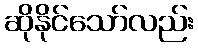
ဆိုနိုင်သော်လည်း